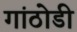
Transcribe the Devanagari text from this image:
गांठोडी